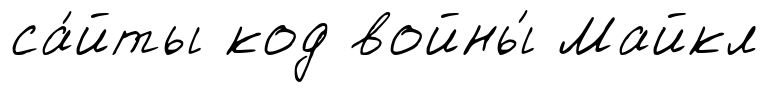
са́йты код войны́ Майкл